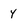
Character: Y